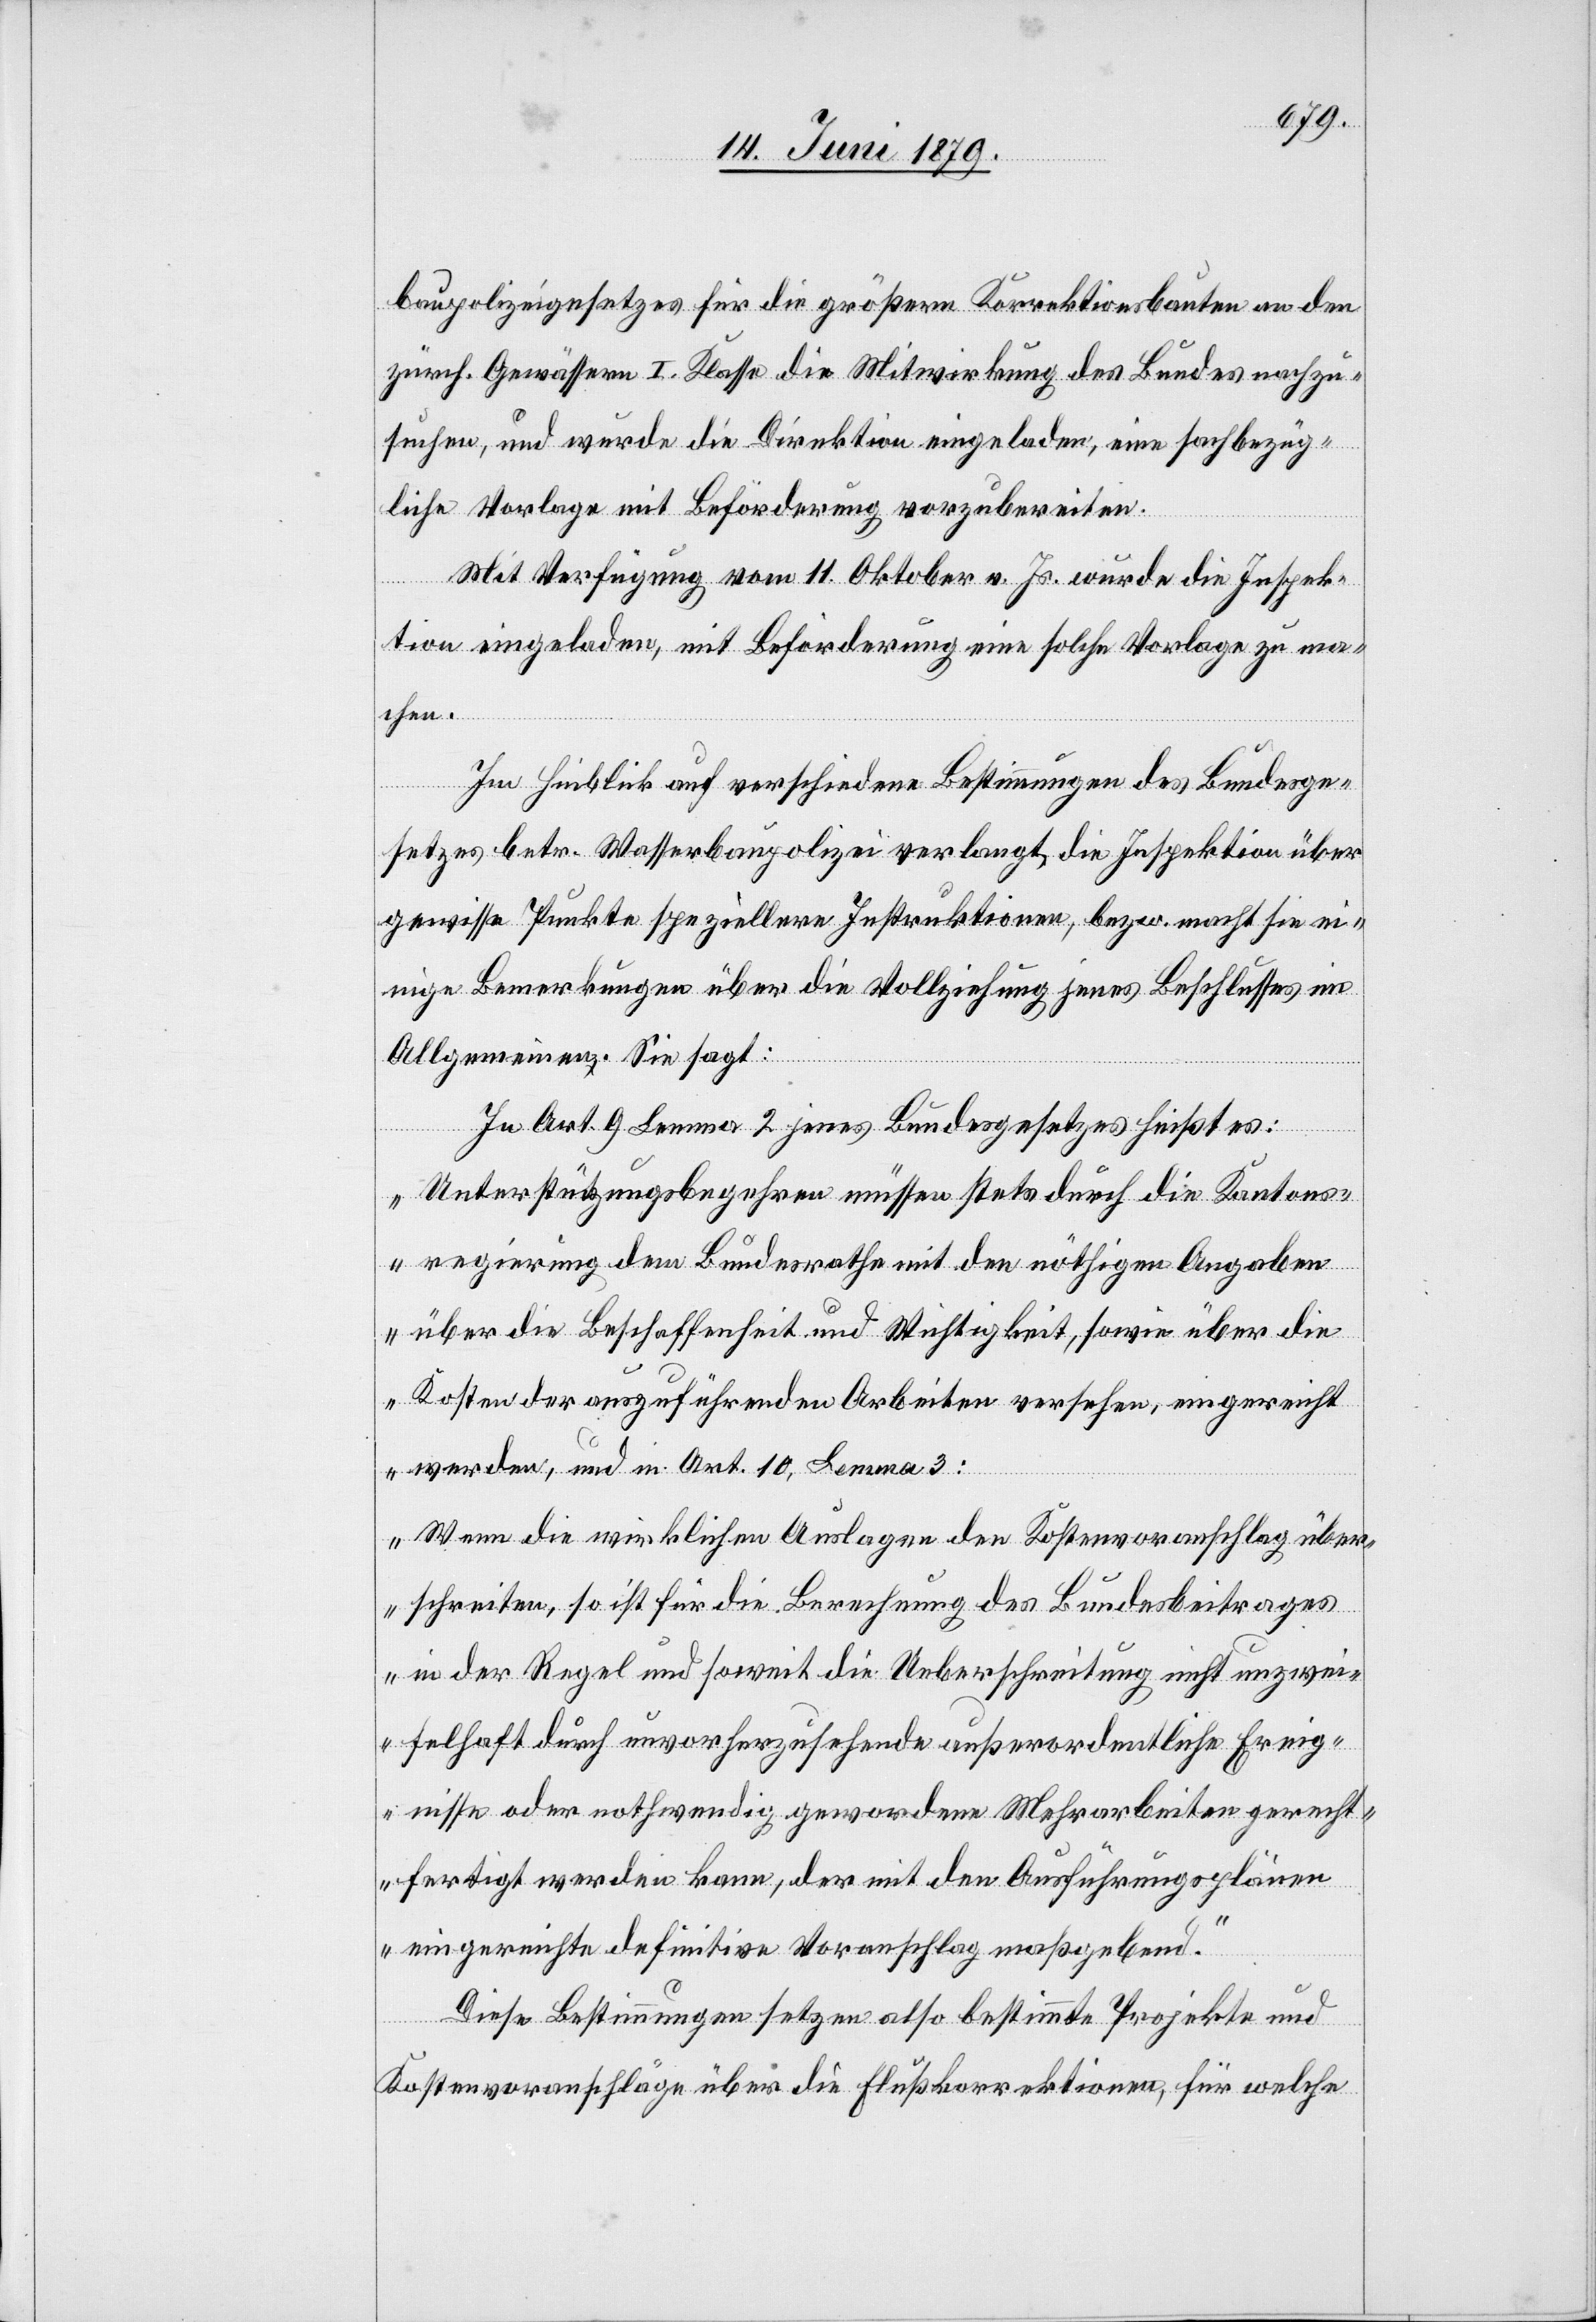
baupolizeigesetzes für die größern Korrektionsbauten an den
zürch. Gewässern I. Klasse die Mitwirkung des Bundes nachzu¬
suchen, und wurde die Direktion eingeladen, eine sachbezüg¬
liche Vorlage mit Beförderung vorzubereiten.
Mit Verfügung vom 11. Oktober v. Js. wurde die Inspek¬
tion eingeladen, mit Beförderung eine solche Vorlage zu ma¬
chen.
Im Hinblick auf verschiedene Bestimmungen des Bundesge¬
setzes betr. Wasserbaupolizei verlangt die Inspektion über
gewisse Punkte speziellere Instruktionen, bezw. macht sie ei¬
nige Bemerkungen über die Vollziehung jenes Beschlusses im
Allgemeinen. Sie sagt:
In Art. 9 Lemma 2 jenes Bundesgesetzes heißt es:
„Unterstützungsbegehren müssen stets durch die Kantons¬
regierung dem Bundesrathe mit den nöthigen Angaben
über die Beschaffenheit und Wichtigkeit, sowie über die
Kosten der auszuführenden Arbeiten versehen, eingereicht
werden“, und in Art. 10, Lemma 3:
„Wenn die wirklichen Auslagen den Kostenvoranschlag über¬
schreiten, so ist für die Berechnung des Bundesbeitrages
in der Regel und soweit die Ueberschreitung nicht unzwei¬
felhaft durch unvorherzusehende außerordentliche Ereig¬
nisse oder nothwendig gewordene Mehrarbeiten gerecht¬
fertigt werden kann, der mit den Ausführungsplänen
eingereichte definitive Voranschlag maßgebend.“
Diese Bestimmungen setzen also bestimmte Projekte und
Kostenvoranschläge über die Flußkorrektionen, für welche